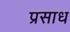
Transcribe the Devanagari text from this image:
प्रसाध